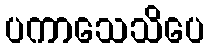
ပကာသေသိပေ